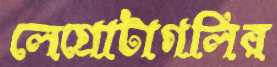
লেগ্রোটাগলির